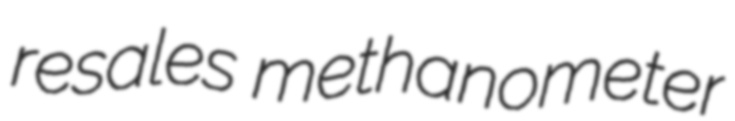
resales methanometer